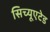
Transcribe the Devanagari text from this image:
सिच्यूएटेड